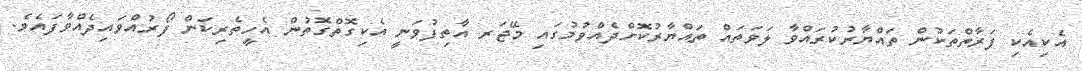
އެކިއެކި ފަރާތްތަކުން ތައްޔާރުކުރައްވާ ލަވަތައް ތައްޔާރުކޮށްދެއްވުމުގައި މޭޖަރ އާތިފުވަނީ އެކިގޮތްގޮތުން އެހީތެރިކަން ފޯރުއްވައިދެއްވާފައެވެ.